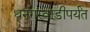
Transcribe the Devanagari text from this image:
धनगरवाडीपर्यंत